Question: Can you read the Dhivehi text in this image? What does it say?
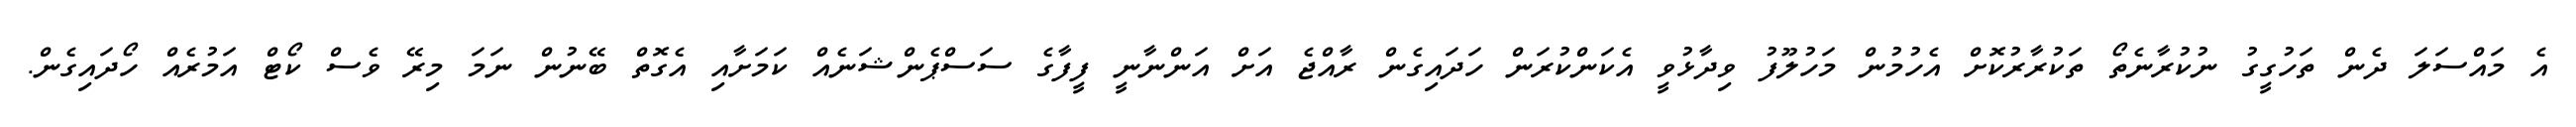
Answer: އެ މައްސަލަ ދެން ތަހުގީގު ނުކުރާނެތޯ ތަކުރާރުކޮށް އެހުމުން މަހުލޫފު ވިދާޅުވީ އެކަންކުރަން ހަދައިގެން ރާއްޖެ އަށް އަންނާނީ ފީފާގެ ސަސްޕެންޝަނެއް ކަމަށާއި އެގޮތް ބޭނުން ނަމަ މިރޭ ވެސް ކޯޓް އަމުރެއް ހޯދައިގެން.